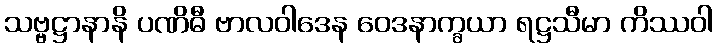
သဗ္ဗဋ္ဌာနာနိ ပဏိဓီ ဗာလဝါဒေန ဝေဒနာက္ခယာ ရဋ္ဌသီမာ ကိဿဝါ